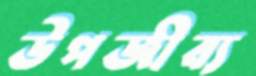
উপজীব্য